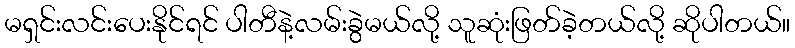
မရှင်းလင်းပေးနိုင်ရင် ပါတီနဲ့လမ်းခွဲမယ်လို့ သူဆုံးဖြတ်ခဲ့တယ်လို့ ဆိုပါတယ်။